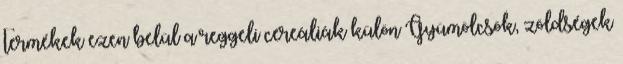
termékek ezen belül a reggeli cereáliák külön Gyümölcsök, zöldségek